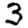
Digit: 3